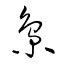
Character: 梟